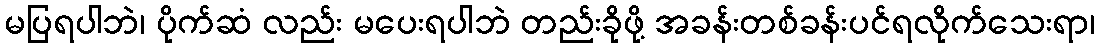
မပြရပါဘဲ၊ ပိုက်ဆံ လည်း မပေးရပါဘဲ တည်းခိုဖို့ အခန်းတစ်ခန်းပင်ရလိုက်သေးရာ၊